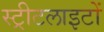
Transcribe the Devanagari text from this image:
स्‍ट्रीटलाइटों